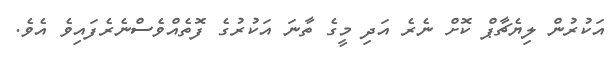
އަކުރުން ލިޔެޗާޕް ކޮށް ނެރެ އަދި މީގެ ތާނަ އަކުރުގެ ފޮތެއްވެސްނެރެފައިވެ އެވެ.